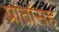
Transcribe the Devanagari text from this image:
प्रांतांसह